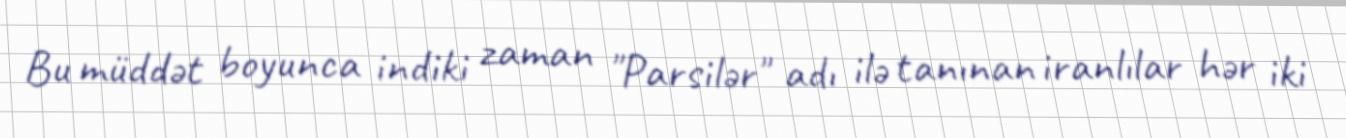
Bu müddət boyunca indiki zaman "Parsilər" adı ilə tanınan iranlılar hər iki